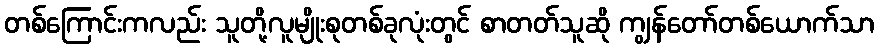
တစ်ကြောင်းကလည်း သူတို့လူမျိုးစုတစ်ခုလုံးတွင် စာတတ်သူဆို ကျွန်တော်တစ်ယောက်သာ